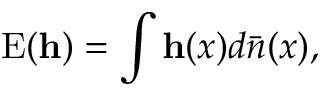
\mathrm { E } ( \mathbf { h } ) = \int \mathbf { h } ( x ) d \bar { n } ( x ) ,